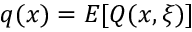
q ( x ) = E [ Q ( x , \xi ) ]